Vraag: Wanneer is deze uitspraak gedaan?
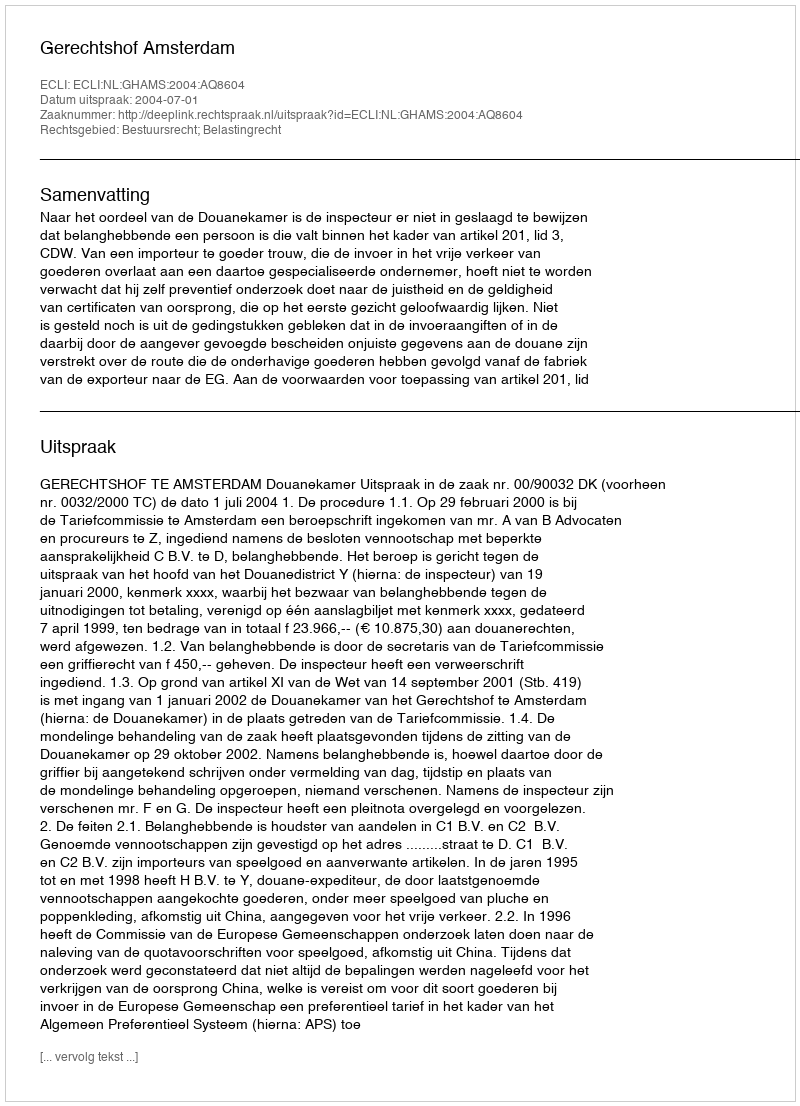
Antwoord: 2004-07-01